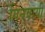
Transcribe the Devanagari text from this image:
गिनवायी